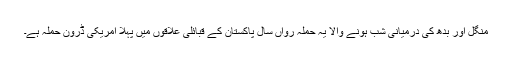
منگل اور بدھ کی درمیانی شب ہونے والا یہ حملہ رواں سال پاکستان کے قبائلی علاقوں میں پہلا امریکی ڈرون حملہ ہے۔